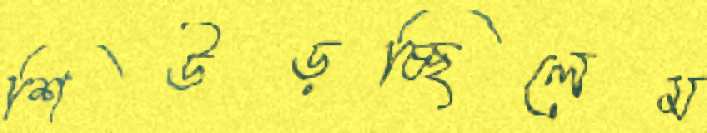
শিউড়চ্ছিলেম